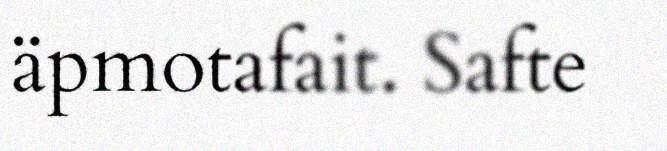
äpmotafait. Safte